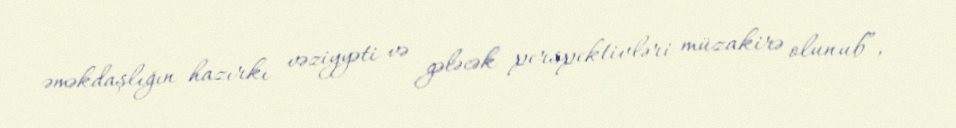
əməkdaşlığın hazırkı vəziyyəti və gələcək perspektivləri müzakirə olunub”, -